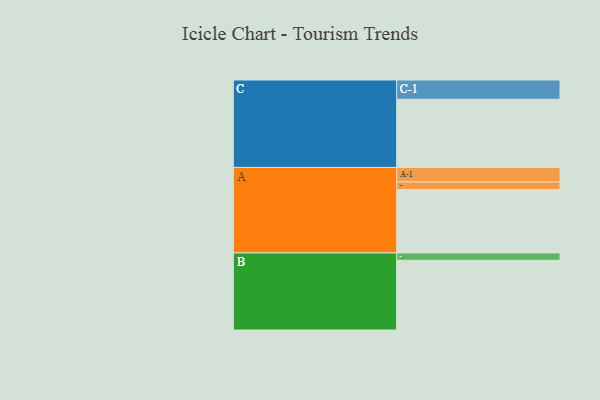
{"axis": {"x": "Segment", "y": "Value"}, "legend": ["", "A", "B", "C"], "data": [{"x": "A", "y": 458, "type": ""}, {"x": "B", "y": 504, "type": ""}, {"x": "C", "y": 493, "type": ""}, {"x": "A-1", "y": 105, "type": "A"}, {"x": "A-2", "y": 55, "type": "A"}, {"x": "B-1", "y": 53, "type": "B"}, {"x": "C-1", "y": 139, "type": "C"}]}